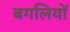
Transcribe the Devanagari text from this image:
बगलियों